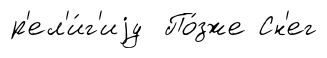
р'ел'и́г'иjу По́зже Сн'ег